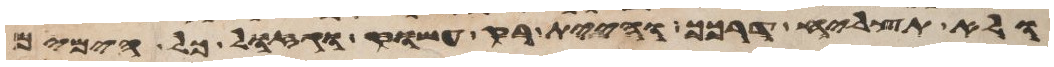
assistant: ולא תצליח דרכך והיית רק עשוק וגזול כל הימים